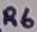
Text: R6